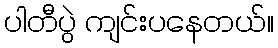
ပါတီပွဲ ကျင်းပနေတယ်။